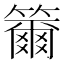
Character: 籋